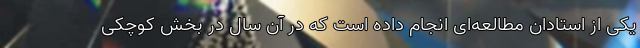
یکی از استادان مطالعه‌ای انجام داده است که در آن سال در بخش کوچکی